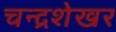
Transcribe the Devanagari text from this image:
चन्‍द्रशेखर